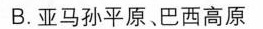
B.亚马孙平原、巴西高原